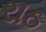
રાઠ